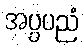
အပ္ပပညံ